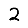
Digit: 2